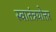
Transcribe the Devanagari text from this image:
स्वातंत्रयोत्तर